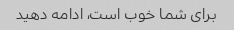
برای شما خوب است، ادامه دهید